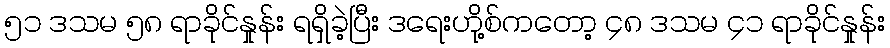
၅၁ ဒသမ ၅၈ ရာခိုင်နှုန်း ရရှိခဲ့ပြီး ဒရေးဟို့စ်ကတော့ ၄၈ ဒသမ ၄၁ ရာခိုင်နှုန်း